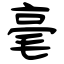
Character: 毫